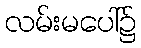
လမ်းမပေါ်၌